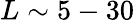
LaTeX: L\sim 5-30